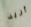
أريد